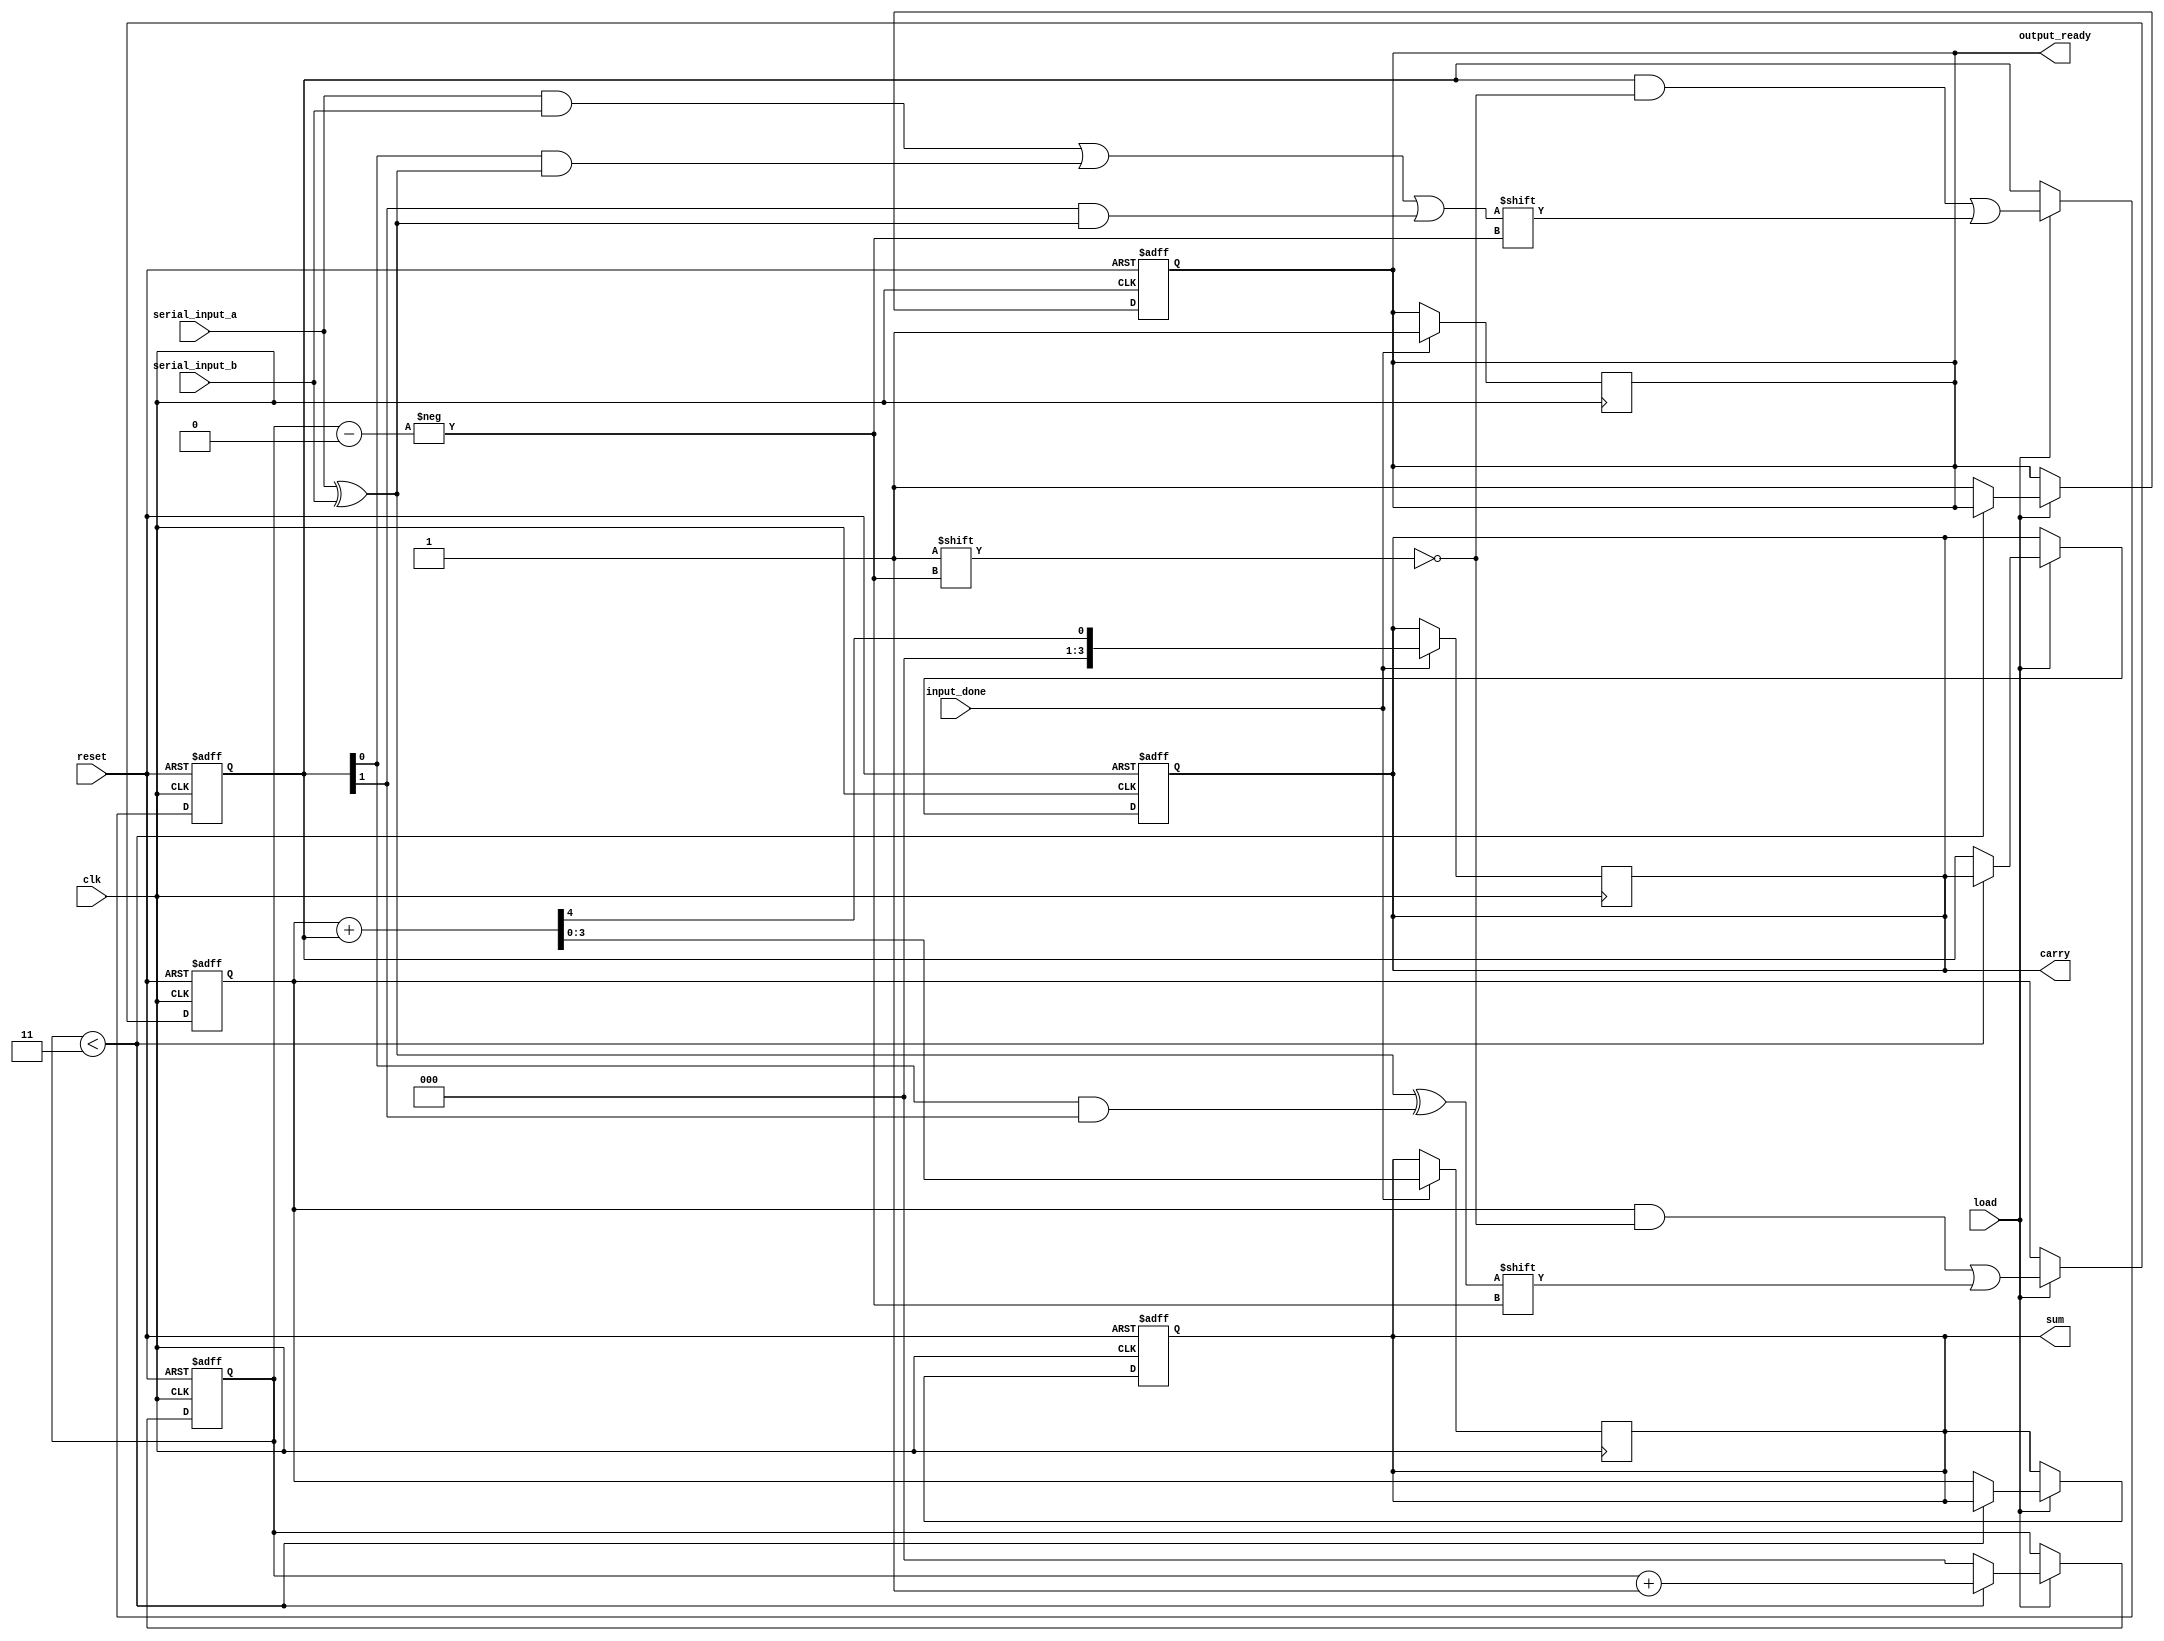
module CarrySaveAdder(
    input wire clk,
    input wire reset,
    input wire serial_input_a, // Serial input for the first number (A)
    input wire serial_input_b, // Serial input for the second number (B)
    input wire load,           // Signal to indicate when to load the serial inputs
    input wire input_done,     // Signal to indicate that all bits have been received
    output reg [3:0] sum,      // Output sum
    output reg [3:0] carry,    // Output carry
    output reg output_ready     // Signal to indicate output is ready
);

    reg [3:0] temp_sum;         // Temporary register to hold accumulated sum
    reg [3:0] temp_carry;       // Temporary register to hold accumulated carry
    reg [2:0] bit_count;        // Counter to keep track of received bits

    // Full adder logic
    wire fa_sum;
    wire fa_carry;
    
    assign fa_sum = serial_input_a ^ serial_input_b ^ (temp_carry[0] & temp_carry[1]);
    assign fa_carry = (serial_input_a & serial_input_b) | (temp_carry[0] & (serial_input_a ^ serial_input_b)) | (temp_carry[1] & (serial_input_a ^ serial_input_b));

    // Update sum and carry on clock edge
    always @(posedge clk or posedge reset) begin
        if (reset) begin
            temp_sum <= 4'b0000;
            temp_carry <= 4'b0000;
            bit_count <= 3'b000;
            sum <= 4'b0000;
            carry <= 4'b0000;
            output_ready <= 1'b0;
        end else if (load) begin
            // Add new bits
            temp_sum[bit_count] <= fa_sum;
            temp_carry[bit_count] <= fa_carry;

            if (bit_count < 3) begin
                bit_count <= bit_count + 1;
            end else begin
                bit_count <= 3'b000; // Reset for next number
                sum <= temp_sum;
                carry <= temp_carry;
                output_ready <= 1'b1; // Indicate that output is ready
            end
        end
    end

    // Final summation on input_done
    always @(posedge clk) begin
        if (input_done) begin
            // Use additional logic to combine carry and sum for the final output
            // Example, you can add temp_sum and temp_carry using a final adder
            {carry, sum} <= {1'b0, temp_sum} + {1'b0, temp_carry};
            output_ready <= 1'b1; // Indicate that output is ready
        end
    end

endmodule